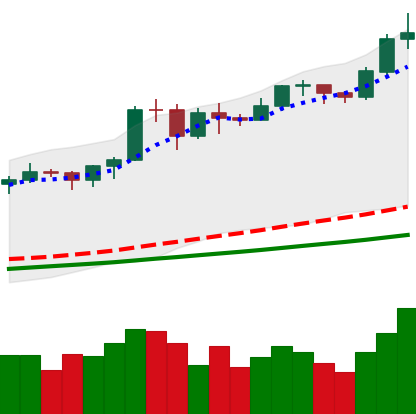
Ticker: BTC-USD
Chart end date: 2020-11-18
Forward return: 3.146%
Label: up_3_5